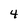
Character: 4